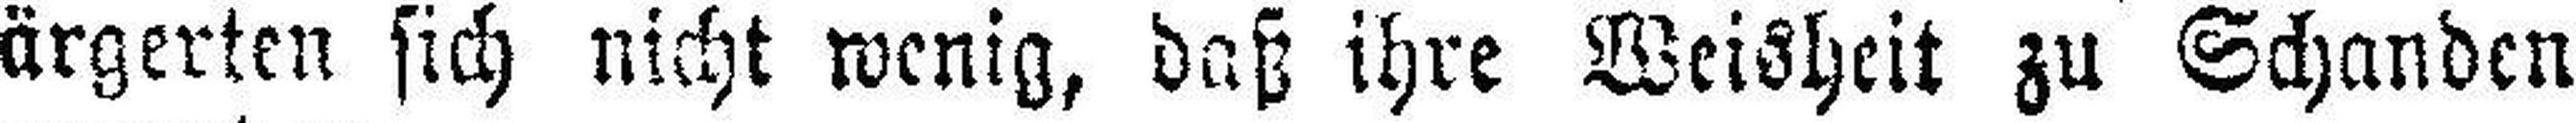
ärgerten sich nicht wenig, daß ihre Weisheit zu Schanden